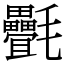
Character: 㲲